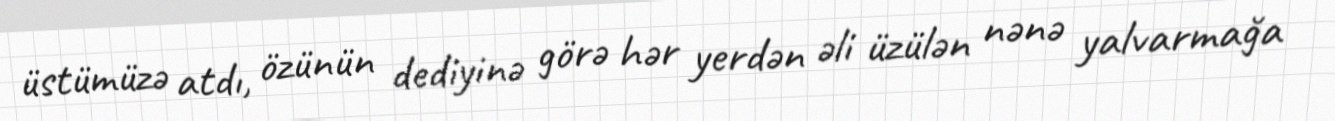
üstümüzə atdı, özünün dediyinə görə hər yerdən əli üzülən nənə yalvarmağa